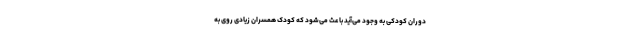
دوران کودکی به وجود می‌آید باعث می‌شود که کودک همسران زیادی روی به